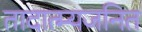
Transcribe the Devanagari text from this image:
तादात्म्यजनित